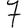
Digit: 7